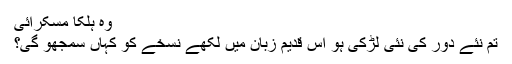
وہ ہلکا مسکرائی
تم نئے دور کی نئی لڑکی ہو اس قدیم زبان میں لکھے نسخے کو کہاں سمجھو گی؟